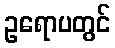
ဥရောပတွင်